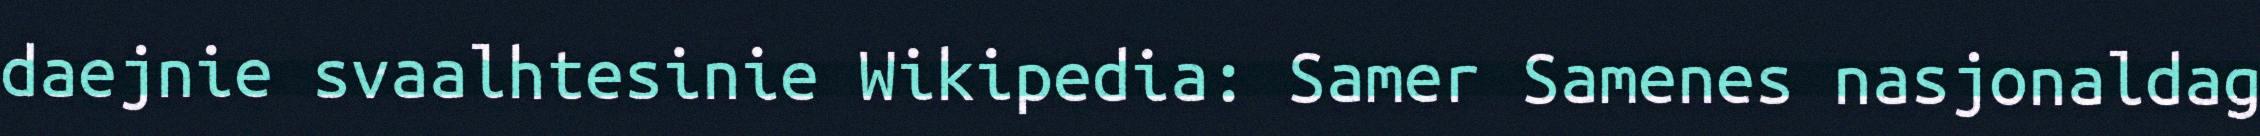
daejnie svaalhtesinie Wikipedia: Samer Samenes nasjonaldag